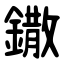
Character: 鏾